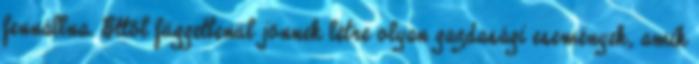
fennállna. Ettől függetlenül jönnek létre olyan gazdasági események, amik